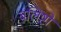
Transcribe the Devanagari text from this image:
बलिष्टों